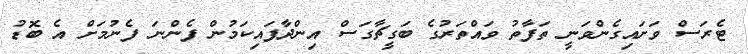
ޓެރަސް ވަށައިގެންވަނީ ތަފާތު ވައްތަރުގެ ބަގީޗާގަސް އިންދާފައިކަމުން ފެންނަ ފެނުމަށް އެ ބޮޑު